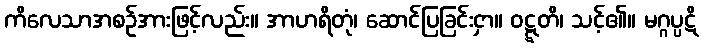
ကိလေသာအစဉ်အားဖြင့်လည်း။ အာဟရိတုံ၊ ဆောင်ပြခြင်းငှာ။ ဝဋ္ဋတိ၊ သင့်၏။ မဂ္ဂပ္ပဋိ